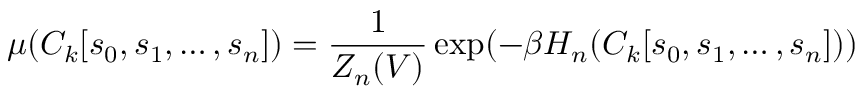
\mu ( C _ { k } [ s _ { 0 } , s _ { 1 } , \ldots , s _ { n } ] ) = { \frac { 1 } { Z _ { n } ( V ) } } \exp ( - \beta H _ { n } ( C _ { k } [ s _ { 0 } , s _ { 1 } , \ldots , s _ { n } ] ) )